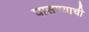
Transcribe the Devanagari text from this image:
घासण्याची